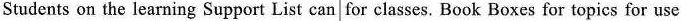
Students on the learning Support List can for classes. Book Boxes for topics for use